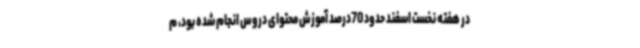
در هفته نخست اسفند حدود 70درصد آموزش محتوای دروس انجام شده بود، م